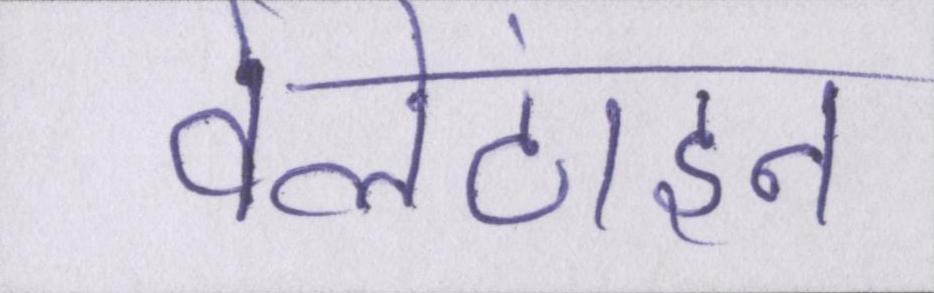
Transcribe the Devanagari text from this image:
वेलेंटाइन